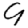
Digit: 9